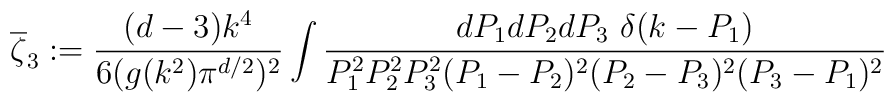
\overline\zeta_{3}:=\frac{(d-3)k^{4}}{6(g(k^2)\pi^{d/2})^2}\int\frac{dP_1dP_2dP_3~\delta(k-P_1)}{P_1^2P_2^2P_3^2(P_1-P_2)^2(P_2-P_3)^2(P_3-P_1)^2}